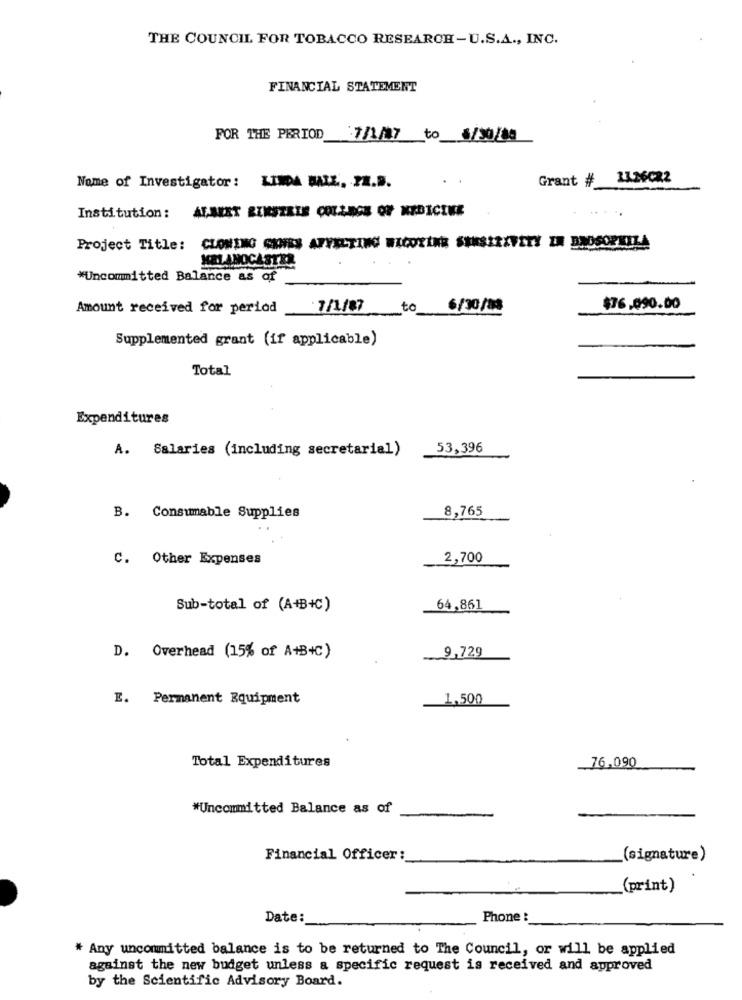
THE COUNCIL FOR TOBACCO RESEARCH -U.S.A ., INC.
FINANCIAL STATEMENT
FOR THE PERIOD
7/1/07 to 6/30/80
Grant #
13.36022
Nome of Investigator: LINDA BALL. PZ.B.
Institution: ALBERT EINSTEIN COLLEGE OF MEDICINE
.....
Project Title: CLONING CANNES AFFECTING WICOYINE SHASIREVETY IN DROSOPKILA
MELANOCASTER
*Uncommitted Balance as of
Amount received for period_
7/1/87
to
6/30/83
$76.090.00
Supplemented grant (if applicable)
Total
Expenditures
A. Salaries (including secretarial)
53,396
8,765
B. Consumable Supplies
C. Other Expenses
2,700
Sub-total of (A+B+C)
64,861
9,729
D. Overhead (15% of A+B+C)
E. Permanent Equipment
1,500
76,090
Total Expenditures
*Uncommitted Balance as of
Financial Officer:
(signature)
(print)
Date:
Phone :
* Any uncommitted balance is to be returned to The Council, or will be applied
against the new budget unless a specific request is received and approved
by the Scientific Advisory Board.